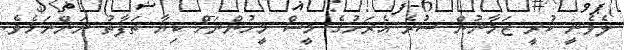
ލެވެނީ ކުރީ ޒަމާނުން ސުރެ އެރަށުގެ މީސް މީހުންނަށް ކިޔާ ތަފާތު ނަންނަމެވެ.